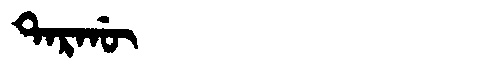
Manchu: ᡨᠠᡵᡤᡡ
Romanization: TARGŪ